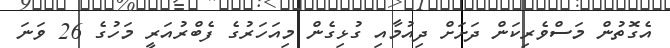
އެގޮތުން މަސްވެރިކަން ދަށަށް ދިއުމާއި ގުޅިގެން މިއަހަރުގެ ފެބްރުއަރީ މަހުގެ 26 ވަނަ